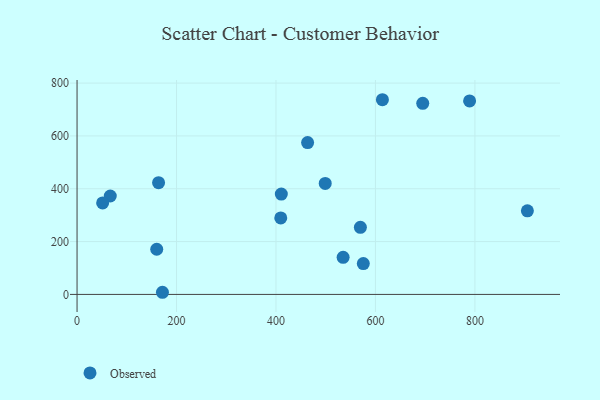
{"axis": {"x": "Price", "y": "Exam Score"}, "legend": ["Observed"], "data": [{"x": "499.0", "y": 420.1, "type": "Observed"}, {"x": "171.7", "y": 8.1, "type": "Observed"}, {"x": "163.9", "y": 422.9, "type": "Observed"}, {"x": "409.6", "y": 289.6, "type": "Observed"}, {"x": "569.7", "y": 254.1, "type": "Observed"}, {"x": "535.0", "y": 140.5, "type": "Observed"}, {"x": "905.5", "y": 316.5, "type": "Observed"}, {"x": "66.8", "y": 372.5, "type": "Observed"}, {"x": "575.6", "y": 116.9, "type": "Observed"}, {"x": "614.0", "y": 737.0, "type": "Observed"}, {"x": "789.3", "y": 732.4, "type": "Observed"}, {"x": "160.2", "y": 170.9, "type": "Observed"}, {"x": "463.6", "y": 574.8, "type": "Observed"}, {"x": "51.4", "y": 346.3, "type": "Observed"}, {"x": "695.1", "y": 723.4, "type": "Observed"}, {"x": "410.7", "y": 380.0, "type": "Observed"}]}